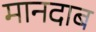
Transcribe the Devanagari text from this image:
मानदाब